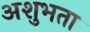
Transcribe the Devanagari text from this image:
अशुभता